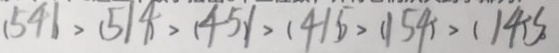
( 5 4 1 ) > ( 5 1 4 ) > ( 4 5 1 ) > ( 4 1 5 ) > ( 1 5 4 ) > ( 1 4 5 )